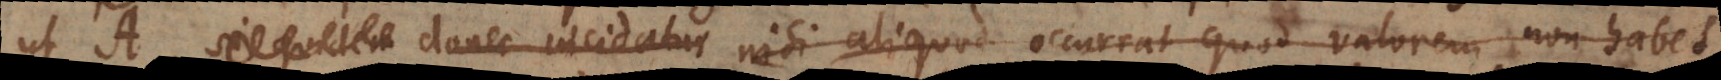
ut A, si quidem donec incidatur nisi aliquod occurrat quod valorem non habet,